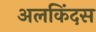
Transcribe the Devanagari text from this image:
अलकिंदस